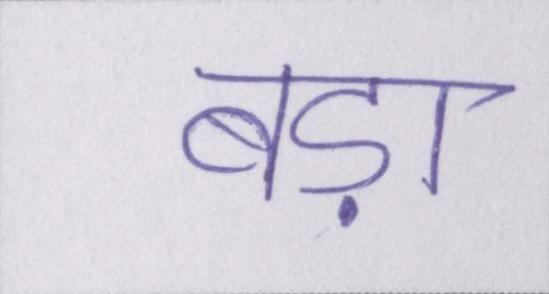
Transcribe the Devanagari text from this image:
बड़ा